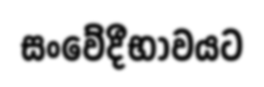
සංවේදීභාවයට